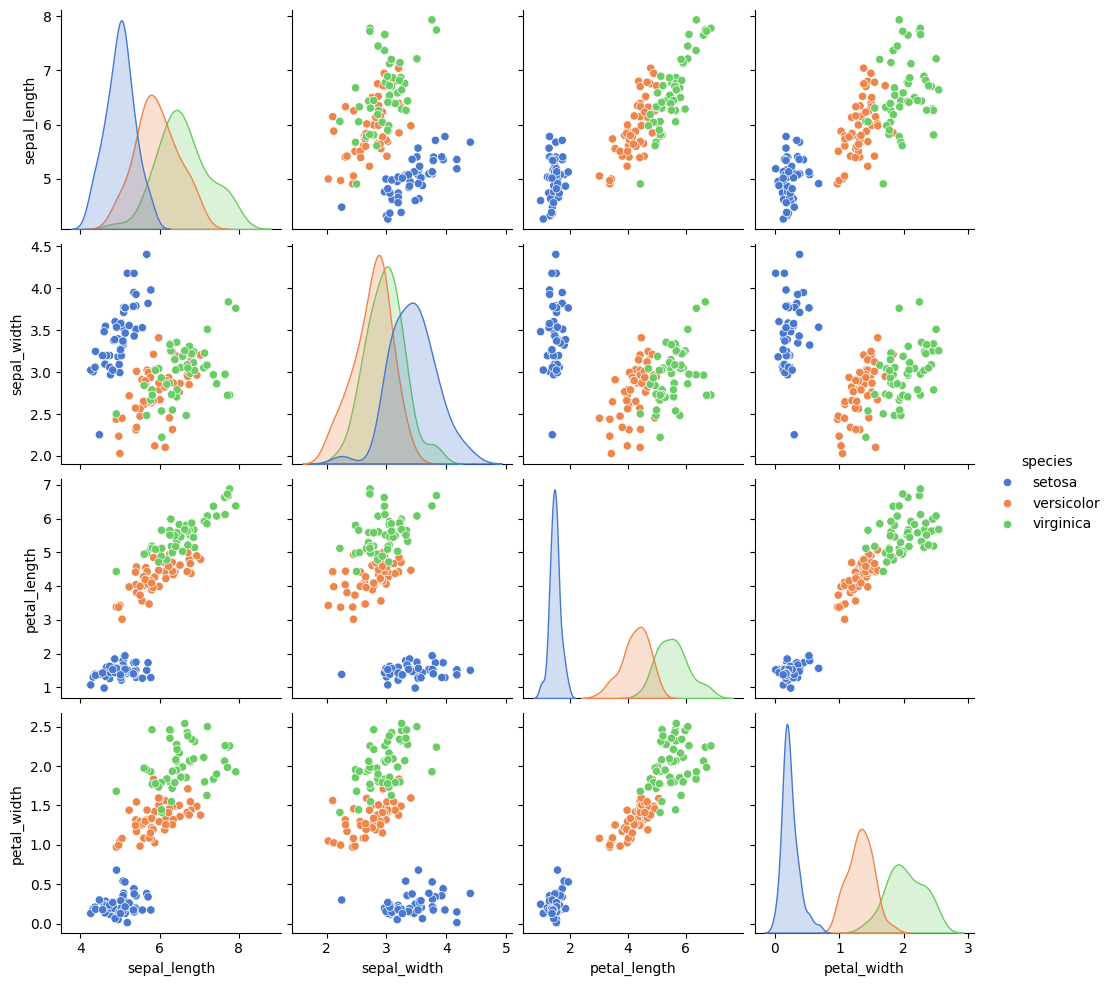
python, seaborn, pairplot, palette='muted', markers=['o'], kind='scatter', diag_kind='auto'